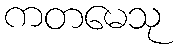
ကတမေသု